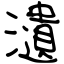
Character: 瀢